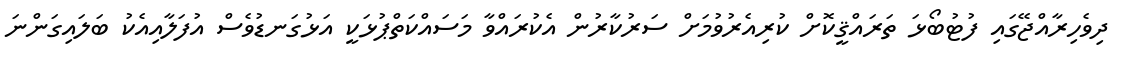
ދިވެހިރާއްޖޭގައި ފުޓުބޯޅަ ތަރައްޤީކޮށް ކުރިއެރުވުމަށް ސަރުކާރުން އެކުރައްވާ މަސައްކަތްޕުޅަކީ އަޅުގަނޑުވެސް އުފަލާއިއެކު ބަލައިގަންނަ